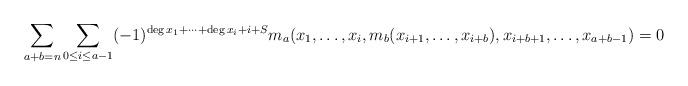
LaTeX: \begin{align*}\sum_{a+b=n}\sum_{0\le i\le a-1}(-1)^{\deg x_1+\dots+\deg x_i+i+S}{m}_a(x_1,\dots,x_i,{m}_b(x_{i+1},\dots,x_{i+b}),x_{i+b+1},\dots,x_{a+b-1})=0\end{align*}